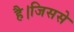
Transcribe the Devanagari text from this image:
है।जिससे